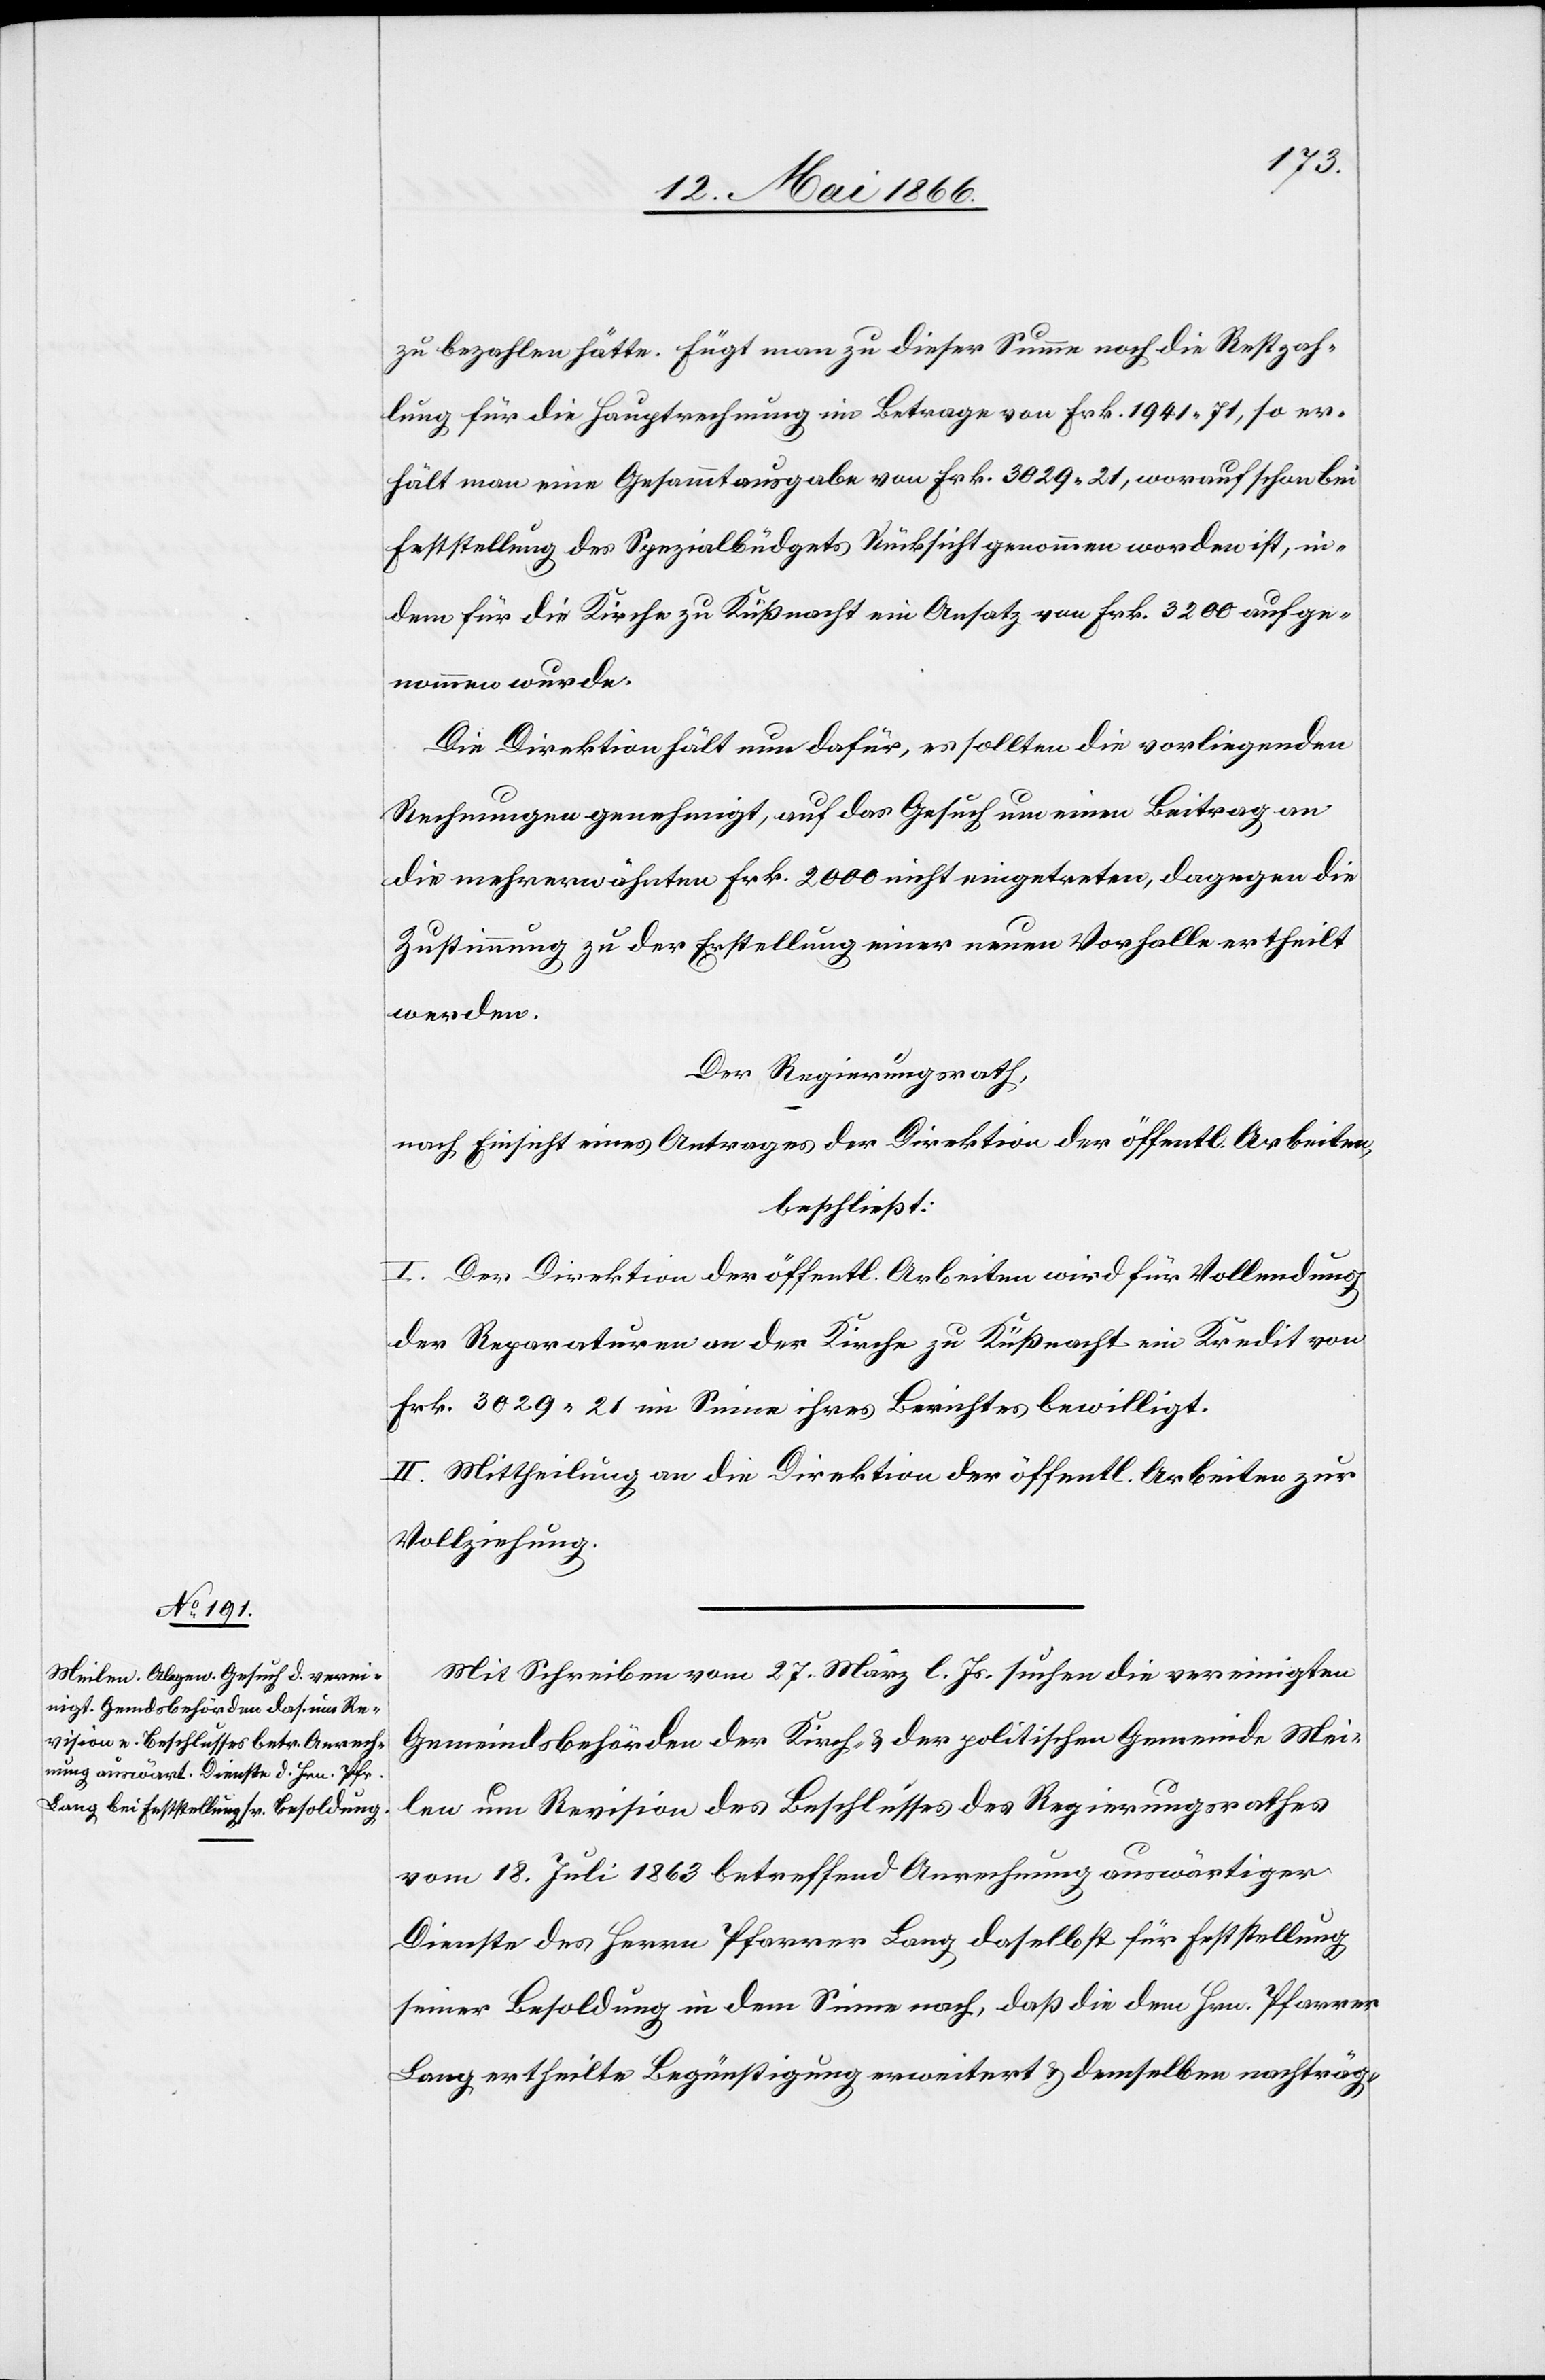
zu bezahlen hätte. Fügt man zu dieser Summe noch die Restzah¬
lung für die Hauptrechnung im Betrag von Frk. 1941.71, so er¬
hält man eine Gesammtausgabe von Frk. 3029.21, worauf schon bei
Feststellung des Spezialbüdgets Rücksicht genommen worden ist, in¬
dem für die Kirche zu Küßnacht ein Ansatz von Frk. 3200 aufge¬
nommen wurde.
Die Direktion hält nun dafür, es sollten die vorliegenden
Rechnungen genehmigt, auf das Gesuch um einen Beitrag
die mehrerwähnten Frk. 2000 nicht eingetreten, dagegen die
Zustimmung zu der Erstellung einer neuen Vorhalle ertheilt
werden.
Der Regierungsrath,
nach Einsicht eines Antrages der Direktion der öffentl. Arbeiten,
beschließt:
I. Der Direktion der öffentl. Arbeiten wird für Vollendung
der Reparaturen an der Kirche zu Küßnacht ein Kredit von
Frk. 3029.21 im Sinne ihres Berichtes bewilligt.
II. Mittheilung an die Direktion der öffentl. Arbeiten zur
Vollziehung.
Mit Schreiben vom 27. März l. Js. suchen die vereinigten
Gemeindsbehörden der Kirch- u. der politischen Gemeinde Mei¬
len um Revision des Beschlusses des Regierungsrathes
vom 18. Juli 1863 betreffend Anrechnung auswärtiger
Dienste des Herrn Pfarrer Lang daselbst für Feststellung
seiner Besoldung in dem Sinne nach, daß die dem Hrn. Pfarrer
Lang ertheilte Begünstigung erweitert u. demselben nachträg-